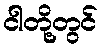
ငါတို့တွင်